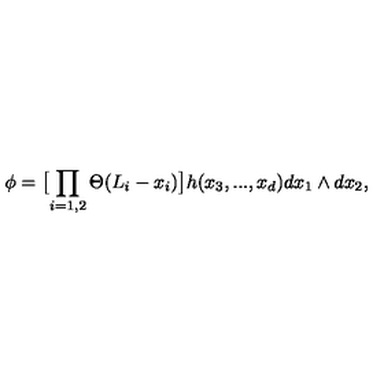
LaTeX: \phi = \bigl [ \prod _ { i = 1 , 2 } \Theta ( L _ { i } - x _ { i } ) \bigr ] h ( x _ { 3 } , . . . , x _ { d } ) d x _ { 1 } \wedge d x _ { 2 } ,